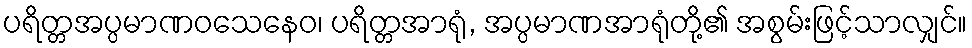
ပရိတ္တအပ္ပမာဏဝသေနေဝ၊ ပရိတ္တအာရုံ, အပ္ပမာဏအာရုံတို့၏ အစွမ်းဖြင့်သာလျှင်။